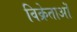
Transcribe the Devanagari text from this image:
विक्रेताऒं